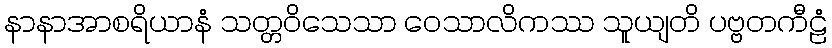
နာနာအာစရိယာနံ သတ္တဝိသေသာ ဝေသာလိကဿ သူယျတိ ပဗ္ဗတကီဠံ